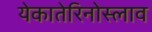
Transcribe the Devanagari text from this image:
येकातेरिनोस्लाव